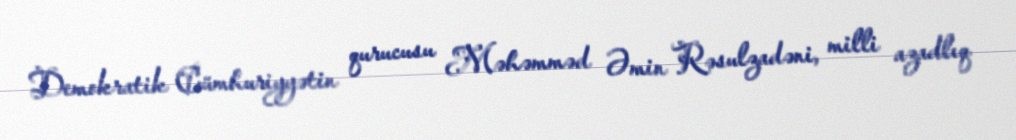
Demokratik Cümhuriyyətin qurucusu Məhəmməd Əmin Rəsulzadəni, milli azadlıq